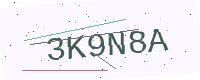
Text: 3K9N8A